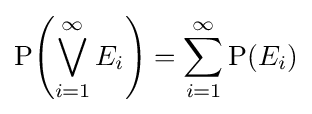
\operatorname {P} \!\left(\bigvee _{i=1}^{\infty }E_{i}\right)=\sum _{i=1}^{\infty }\operatorname {P} (E_{i})